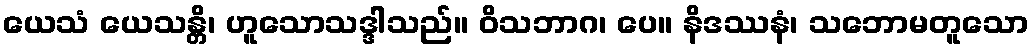
ယေသံ ယေသန္တိ၊ ဟူသောသဒ္ဒါသည်။ ဝိသဘာဂ၊ ပေ။ နိဒဿနံ၊ သဘောမတူသော